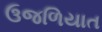
ઉજળિયાત